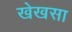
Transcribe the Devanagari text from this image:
खेखसा